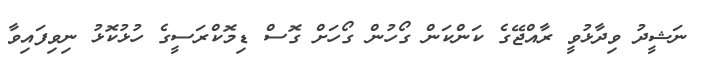
ނަޝީދު ވިދާޅުވީ ރާއްޖޭގެ ކަންކަން ގޯހުން ގޯހަށް ގޮސް ޑިމޮކްރަސީގެ ހުޅުކޮޅު ނިވިފައިވާ